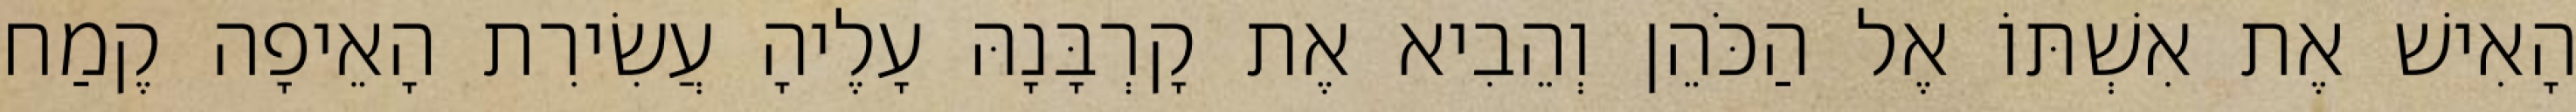
הָאִישׁ אֶת אִשְׁתּוֹ אֶל הַכֹּהֵן וְהֵבִיא אֶת קָרְבָּנָהּ עָלֶיהָ עֲשִׂירִת הָאֵיפָה קֶמַח